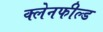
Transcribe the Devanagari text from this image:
क्लेनफील्ड